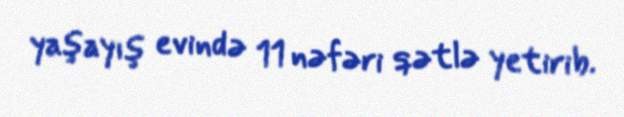
yaşayış evində 11 nəfəri qətlə yetirib.